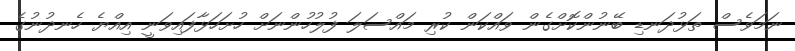
ނަމަވެސް ތަޅުދަނޑި ބޭނުންކޮށްގެން ވައްކަން ކުރި މައްސަލަ ފުލުހުންނަށް ހުށަހަޅާފައިވަނީ އިއްޔެ ހެނދުނުގެ